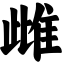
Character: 雌